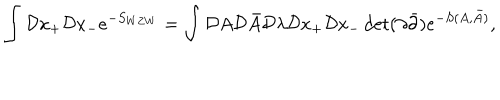
\int { \cal D } x _ { + } { \cal D } x _ { - } e ^ { - S _ { W Z W } } = \int { \cal D } A { \cal D } \bar { A } { \cal D } \lambda { \cal D } x _ { + } { \cal D } x _ { - } \det ( \partial \bar { \partial } ) e ^ { - S ( A , \bar { A } ) } ,